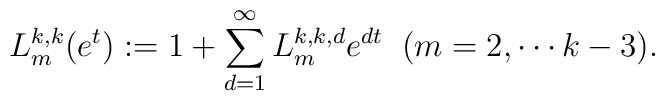
L_{m}^{k,k}(e^{t}):=1+\sum_{d=1}^{\infty}L_{m}^{k,k,d}e^{dt}\;\;(m=2,\cdots k-3).